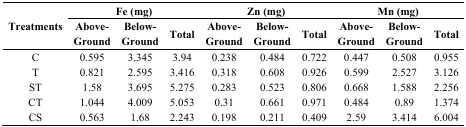
| <ROWSPAN=2> Treatments | <COLSPAN=3> Fe (mg) | <COLSPAN=3> Zn (mg) | <COLSPAN=3> Mn (mg) |
 | Above-Ground | Below-Ground | Total | Above-Ground | Below-Ground | Total | Above-Ground | Below-Ground | Total |
 | --- | --- | --- | --- | --- | --- | --- | --- | --- | --- |
 | C | 0.595 | 3.345 | 3.94 | 0.238 | 0.484 | 0.722 | 0.447 | 0.508 | 0.955 |
 | T | 0.821 | 2.595 | 3.416 | 0.318 | 0.608 | 0.926 | 0.599 | 2.527 | 3.126 |
 | ST | 1.58 | 3.695 | 5.275 | 0.283 | 0.523 | 0.806 | 0.668 | 1.588 | 2.256 |
 | CT | 1.044 | 4.009 | 5.053 | 0.31 | 0.661 | 0.971 | 0.484 | 0.89 | 1.374 |
 | CS | 0.563 | 1.68 | 2.243 | 0.198 | 0.211 | 0.409 | 2.59 | 3.414 | 6.004 |